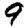
Digit: 9